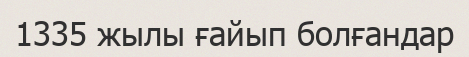
1335 жылы ғайып болғандар